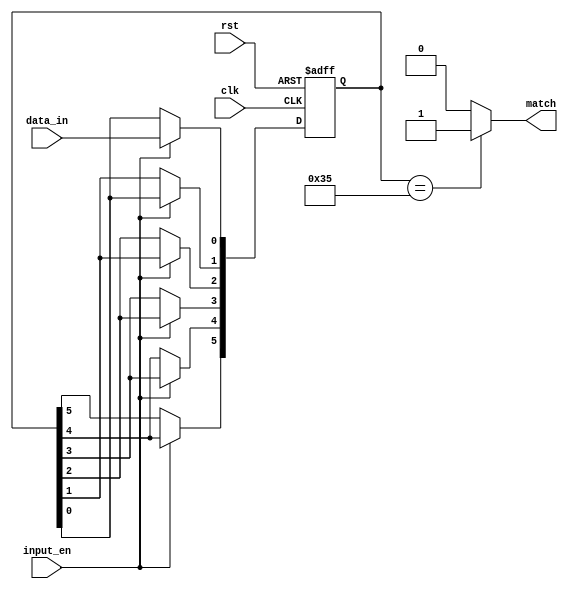
// Code your design here
module patt_det #
  (
    parameter PATTERN = 6'b110101,
    parameter WIDTH = 6
  )
  (
  input data_in,
  input input_en,
  input clk,
  input rst,
  output match
);

  reg [WIDTH-1:0]data_temp;
integer i;
always@(posedge clk or negedge rst)
begin
  if(!rst)
    data_temp <= {WIDTH{1'd0}};
  else if(input_en)
    begin
      data_temp[0] <= data_in;
      for(i=1;i<WIDTH;i=i+1)
      begin
        data_temp[i] <= data_temp[i-1];  
      end
    end

end
  
  assign match = (data_temp == PATTERN)?1'd1:1'd0;

  
endmodule